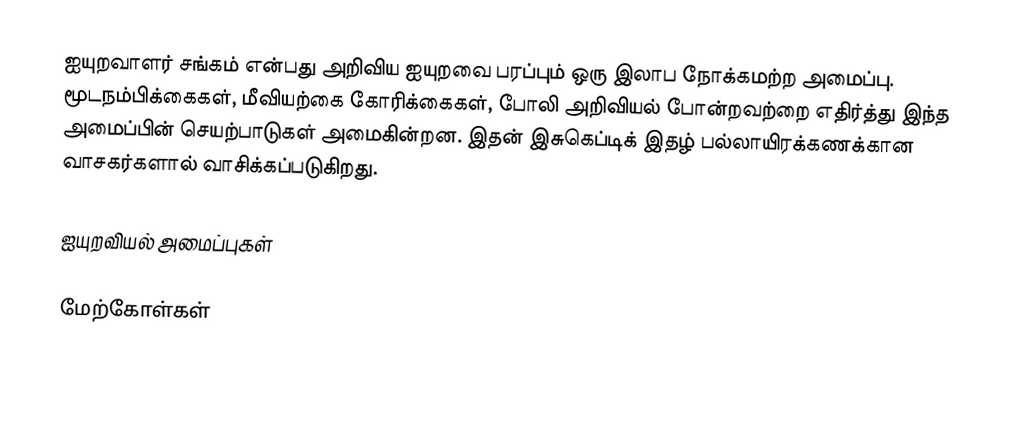
ஐயுறவாளர் சங்கம் என்பது அறிவிய ஐயுறவை பரப்பும் ஒரு இலாப நோக்கமற்ற அமைப்பு. மூடநம்பிக்கைகள், மீவியற்கை கோரிக்கைகள், போலி அறிவியல் போன்றவற்றை எதிர்த்து இந்த அமைப்பின் செயற்பாடுகள் அமைகின்றன. இதன் இசுகெப்டிக் இதழ் பல்லாயிரக்கணக்கான வாசகர்களால் வாசிக்கப்படுகிறது.

ஐயுறவியல் அமைப்புகள்

மேற்கோள்கள்